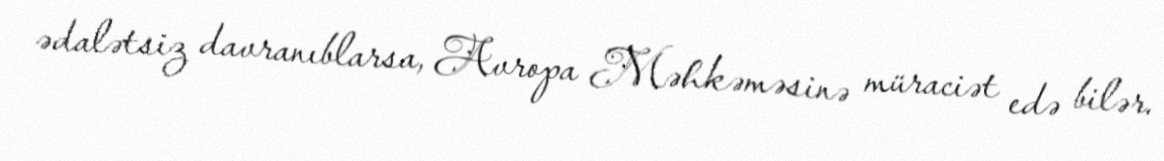
ədalətsiz davranıblarsa, Avropa Məhkəməsinə müraciət edə bilər.